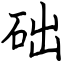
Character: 础